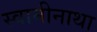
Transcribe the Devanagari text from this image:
स्वामीनाथा